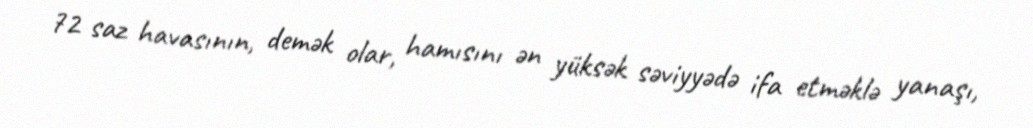
72 saz havasının, demək olar, hamısını ən yüksək səviyyədə ifa etməklə yanaşı,